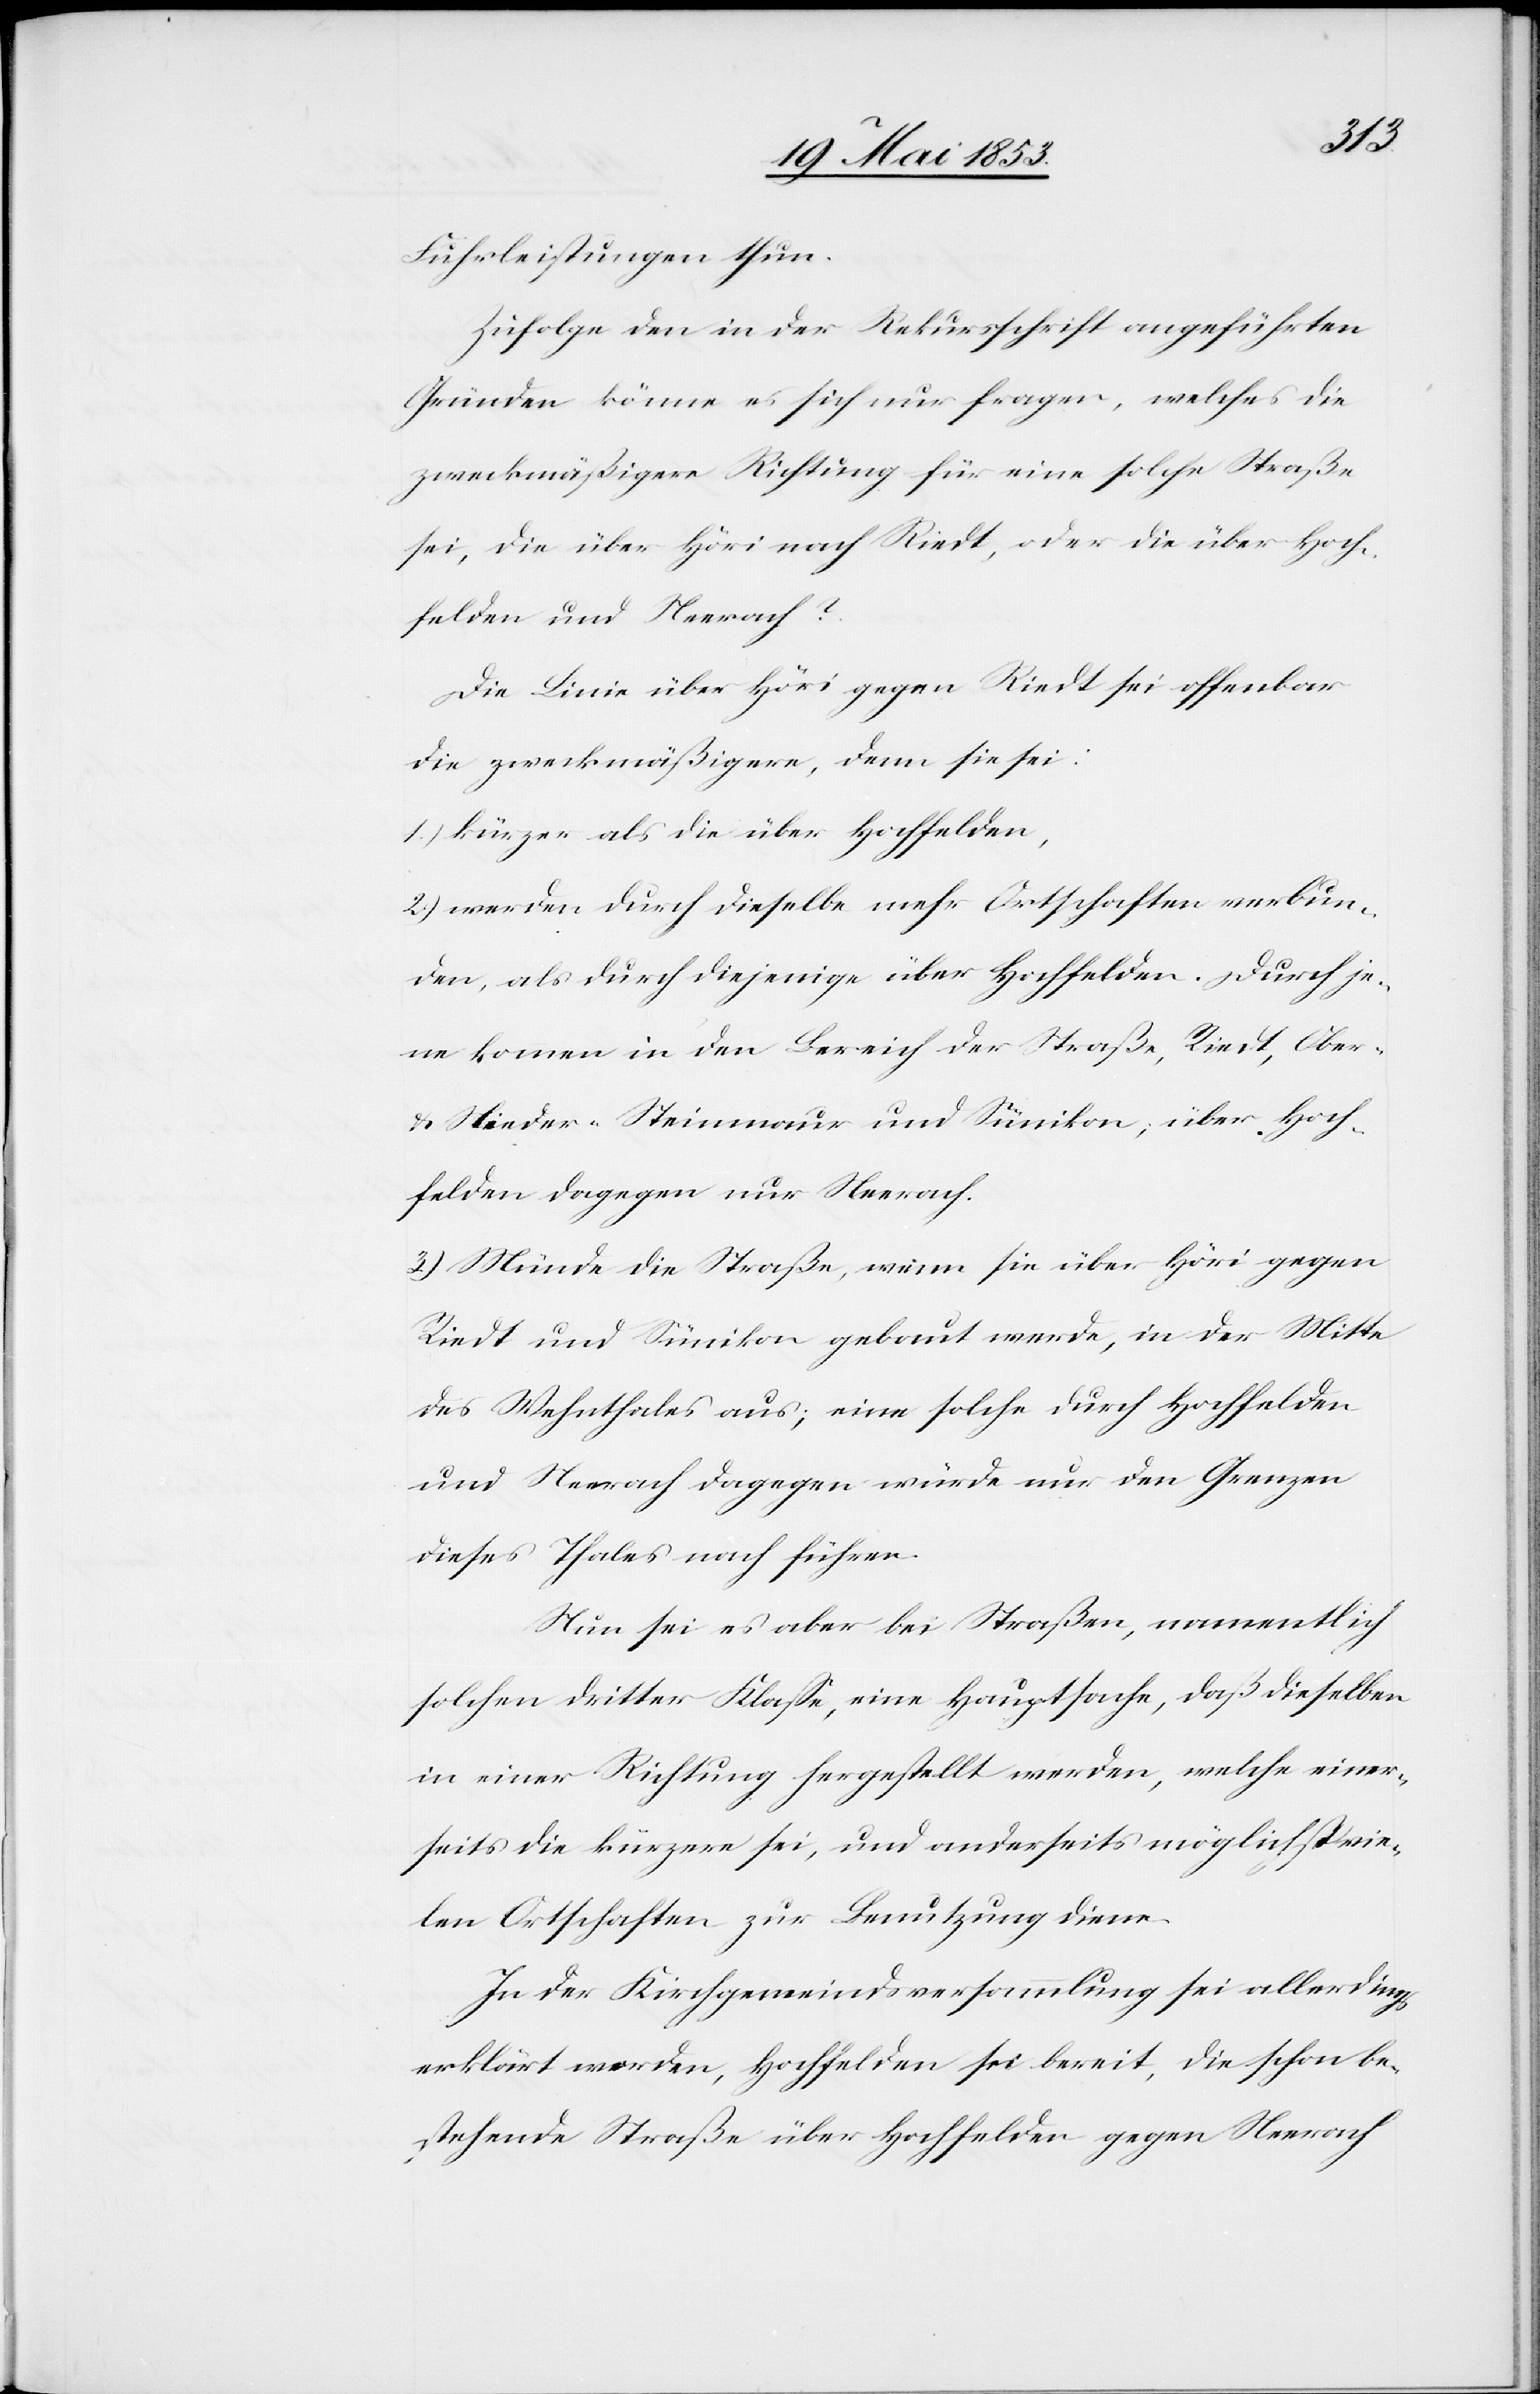
Fuhrleistungen thun.
Zufolge den in der Rekursschrift angeführten
Gründen könne es sich nur fragen, welches die
zweckmäßigere Richtung für eine solche Straße
sei, die über Höri nach Riedt, oder die über Hoch¬
felden und Neerach?
Die Linie über Höri gegen Riedt sei offenbar
die zweckmäßigere, denn sie sei:
1.) kürzer als die über Hochfelden,
2.) werden durch dieselbe mehr Ortschaften verbun¬
den, als durch diejenige über Hochfelden. Durch je¬
ne kommen in den Bereich der Straße, Riedt, Ober-
u. Nieder-Steinmaur und Sümikon, über Hoch¬
felden dagegen nur Neerach.
3.) Münde die Straße, wenn sie über Höri gegen
Riedt und Sümikon gebaut werde, in der Mitte
des Wehnthales aus; eine solche durch Hochfelden
und Neerach dagegen würde nur den Grenzen
dieses Thales nach führen.
Nun sei es aber bei Straßen, namentlich
solchen dritter Klaße, eine Hauptsache, daß dieselben
in einer Richtung hergestellt werden, welche einer¬
seits die kürzere sei, und anderseits möglichst vie¬
len Ortschaften zur Benutzung diene.
In der Kirchgemeindsversammlung sei allerdings
erklärt worden, Hochfelden sei bereit, die schon be¬
stehende Straße über Hochfelden gegen Neerach